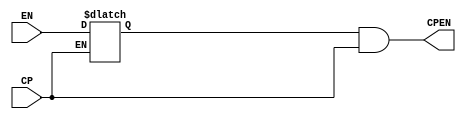
/*
 * Module: w_icons_mgmt
 * Date  : 
 */
`timescale 1ns/1ps
module common_clkgate (
    CP,
    EN,
    CPEN
);

   input  CP;
   input  EN;

   output CPEN;

   reg    CKL;

   wire   INT_E;

  assign INT_E = EN;
  

    always @(CP or INT_E) begin
        if ( CP == 1'b0 ) begin
            CKL = INT_E;
        end
    end

   assign CPEN = CKL & CP;

endmodule